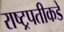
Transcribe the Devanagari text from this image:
राष्ट्रपतीकडे